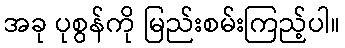
အခု ပုစွန်ကို မြည်းစမ်းကြည့်ပါ။